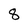
Character: 8